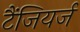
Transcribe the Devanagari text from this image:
टैंजियर्ज